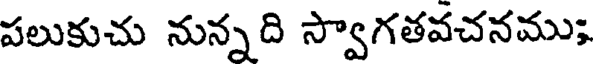
పలుకుచు నున్నది స్వాగతవచనము;